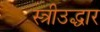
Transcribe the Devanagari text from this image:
स्त्रीउद्धार